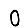
Digit: 0